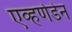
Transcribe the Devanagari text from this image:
एव्हर्णडेन